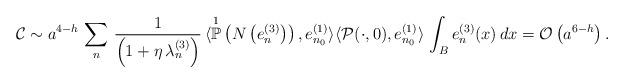
LaTeX: \begin{align*}\mathcal{C} \sim a^{4-h} \, \sum_{n} \, \frac{1}{\left( 1 + \eta \, \lambda_{n}^{(3)} \right)} \, \langle \overset{1}{\mathbb{P}}\left(N\left(e_{n}^{(3)}\right)\right) , e^{(1)}_{n_{0}} \rangle \langle \mathcal{P}(\cdot,0), e^{(1)}_{n_0} \rangle \, \int_{B} e^{(3)}_{n}(x) \, dx = \mathcal{O}\left( a^{6-h} \right).\end{align*}